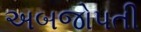
અબજોપતી